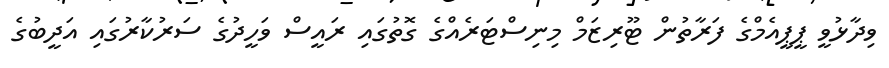
ވިދާޅުވީ ޕީޕީއެމްގެ ފަރާތުން ޓޫރިޒަމް މިނިސްޓަރެއްގެ ގޮތުގައި ރައީސް ވަހީދުގެ ސަރުކާރުގައި އަދީބުގެ